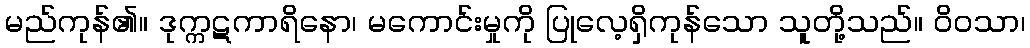
မည်ကုန်၏။ ဒုက္ကဋကာရိနော၊ မကောင်းမှုကို ပြုလေ့ရှိကုန်သော သူတို့သည်။ ဝိဝသာ၊